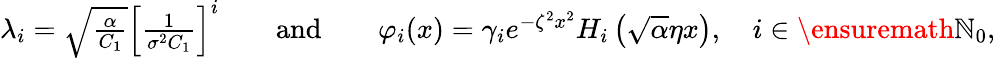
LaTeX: \begin{array}{r}{\lambda_{i}=\sqrt{\frac{\alpha}{C_{1}}}\left[\frac{1}{\sigma^{2}C_{1}}\right]^{i}\qquad\mathrm{and}\qquad\varphi_{i}(x)=\gamma_{i}e^{-\zeta^{2}x^{2}}H_{i}\left(\sqrt{\alpha}\eta x\right),\quad i\in\ensuremath{\mathbb N}_{0},}\end{array}